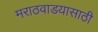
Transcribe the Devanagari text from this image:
मराठवाडयासाठी